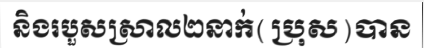
និងរបួសស្រាល២នាក់(ប្រុស)បាន